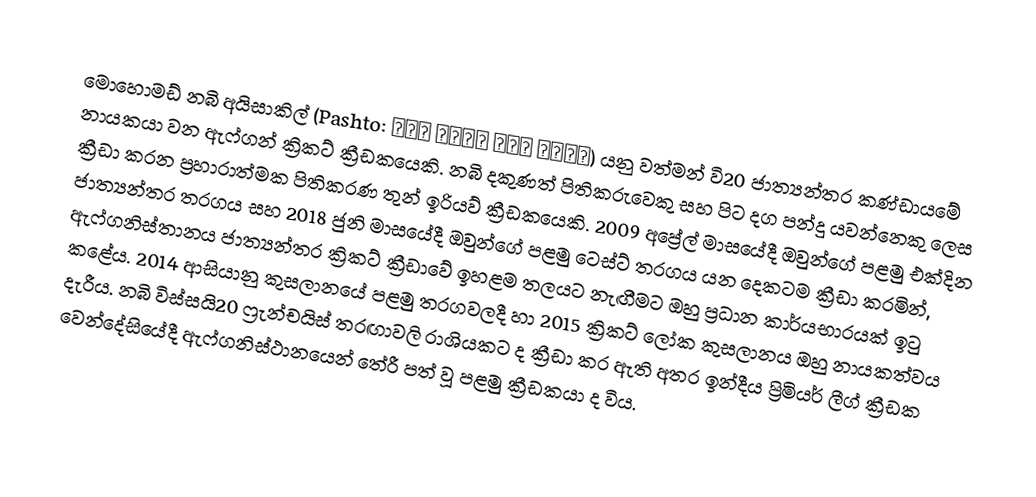
මොහොමඩ් නබි අයිසාකිල් (Pashto: محمد نبي عیسی خېل) යනු වත්මන් වි20 ජාත්‍යන්තර කණ්ඩායමේ නායකයා වන ඇෆ්ගන් ක්‍රිකට් ක්‍රීඩකයෙකි. නබි දකුණත් පිතිකරුවෙකු සහ පිට දග පන්දු යවන්නෙකු ලෙස ක්‍රීඩා කරන ප්‍රහාරාත්මක පිතිකරණ තුන් ඉරියව් ක්‍රීඩකයෙකි. 2009 අප්‍රේල් මාසයේදී ඔවුන්ගේ පළමු එක්දින ජාත්‍යන්තර තරගය සහ 2018 ජුනි මාසයේදී ඔවුන්ගේ පළමු ටෙස්ට් තරගය යන දෙකටම ක්‍රීඩා කරමින්, ඇෆ්ගනිස්තානය ජාත්‍යන්තර ක්‍රිකට් ක්‍රීඩාවේ ඉහළම තලයට නැඟීමට ඔහු ප්‍රධාන කාර්යභාරයක් ඉටු කළේය. 2014 ආසියානු කුසලානයේ පළමු තරගවලදී හා 2015 ක්‍රිකට් ලෝක කුසලානය ඔහු නායකත්වය දැරීය. නබි විස්සයි20 ෆ්‍රැන්චයිස් තරඟාවලි රාශියකට ද ක්‍රීඩා කර ඇති අතර ඉන්දීය ප්‍රිමියර් ලීග් ක්‍රීඩක වෙන්දේසියේදී ඇෆ්ගනිස්ථානයෙන් තේරී පත් වූ පළමු ක්‍රීඩකයා ද විය.